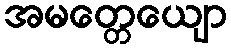
အမတ္တေယျော